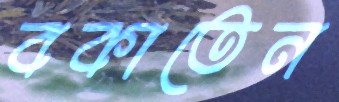
বকাতেন